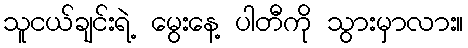
သူငယ်ချင်းရဲ့ မွေးနေ့ ပါတီကို သွားမှာလား။